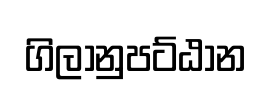
ගිලානුපට්ඨාන